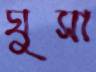
ঘুসা